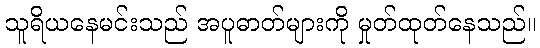
သူရိယနေမင်းသည် အပူဓာတ်များကို မှုတ်ထုတ်နေသည်။